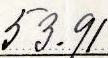
53.91